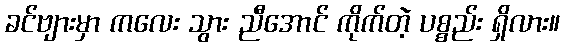
ခင်ဗျားမှာ ကလေး သွား ညီအောင် ကိုက်တဲ့ ပစ္စည်း ရှိလား။